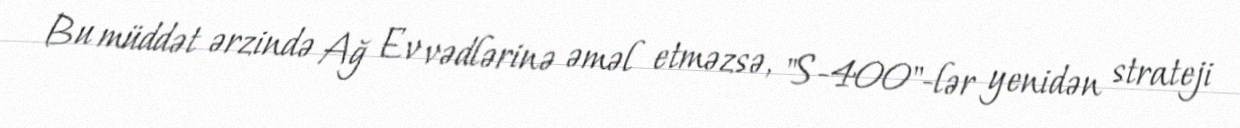
Bu müddət ərzində Ağ Ev vədlərinə əməl etməzsə, "S-400"-lər yenidən strateji